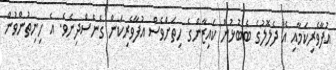
އުފާވެރިކަމާއި އެ ދެލޮލުގެ ބެބުޅުން ކައިޒާންގެ ހިތަށްވެސް އުފާވެރިކަން ގެނެސްދިނެވެ. އެ ހިނިތުންވުން